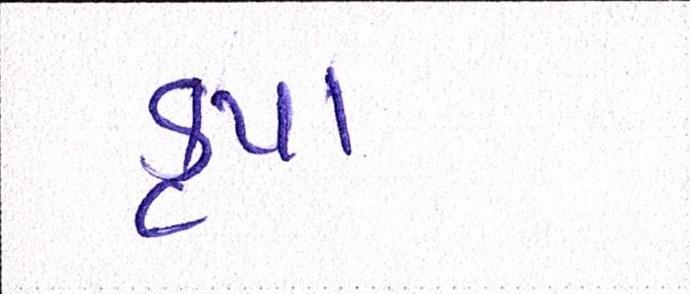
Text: કૃપા